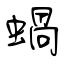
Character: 蝸